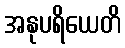
အနုပရိယေတိ